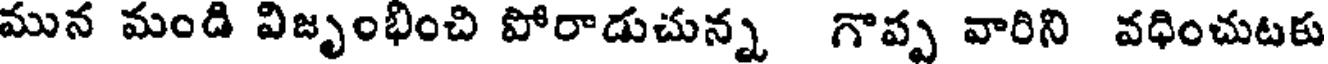
మున మండి విజృంభించి పోరాడుచున్న గొప్ప వారిని వధించుటకు